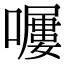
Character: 𡀿